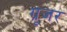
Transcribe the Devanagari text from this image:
ग्रूजर